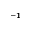
^ { - 1 }